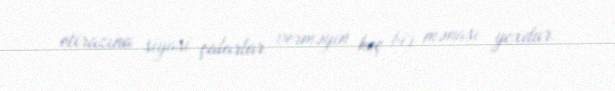
etirazına siyasi çalarlar verməyin heç bir mənası yoxdur.